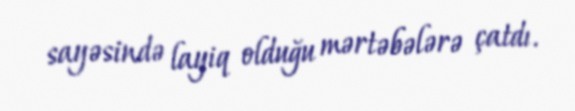
sayəsində layiq olduğu mərtəbələrə çatdı.